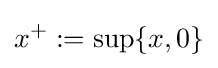
x^{+}:=\sup\{x,0\}